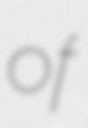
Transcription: of